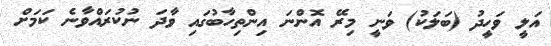
އަލީ ވަހީދު (ބަލަކު) ވަނީ މިރޭ އޮންނަ އިންތިހާބުގައި ވާދަ ނުކުރައްވާނެ ކަމަށް